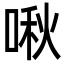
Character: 啾